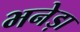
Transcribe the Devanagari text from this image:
भनेड़ा